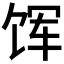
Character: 𫗥